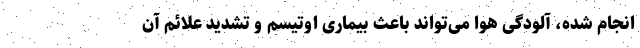
انجام شده، آلودگی هوا می‌تواند باعث بیماری اوتیسم و تشدید علائم آن